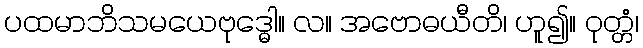
ပထမာဘိသမယေဗုဒ္ဓေါ။ လ။ အဗောဓယီတိ၊ ဟူ၍။ ဝုတ္တံ၊